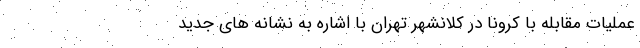
عملیات مقابله با کرونا در کلانشهر تهران با اشاره به نشانه های جدید